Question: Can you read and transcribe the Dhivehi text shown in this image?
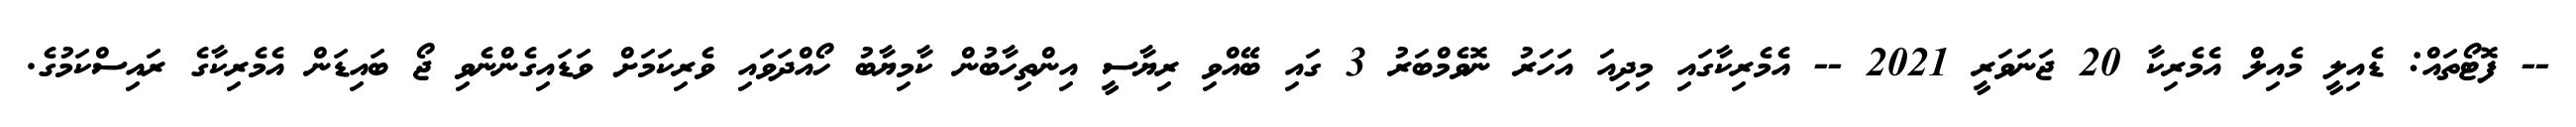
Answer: -- ފޮޓޯތައް: ޑެއިލީ މެއިލް އެމެރިކާ 20 ޖަނަވަރީ 2021 -- އެމެރިކާގައި މިދިއަ އަހަރު ނޮވެމްބަރު 3 ގައި ބޭއްވި ރިޔާސީ އިންތިހާބުން ކާމިޔާބު ހޯއްދަވައި ވެރިކަމަށް ވަޑައިގެންނެވި ޖޯ ބައިޑަން އެމެރިކާގެ ރައިސްކަމުގެ.